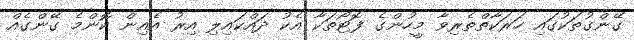
ގޭންގުތަކުގައި ހަރަކާތްތެރިވާ މީހުންގެ ފޮޓޯތަކާ އެކު ދައްކައިލި އިރު އެއިން ކޮންމެ ގޭންގެއް